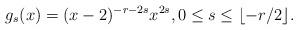
LaTeX: \begin{align*} g_s(x) = (x-2)^{-r-2s}x^{2s}, 0 \le s \le \lfloor -r/2 \rfloor.\end{align*}